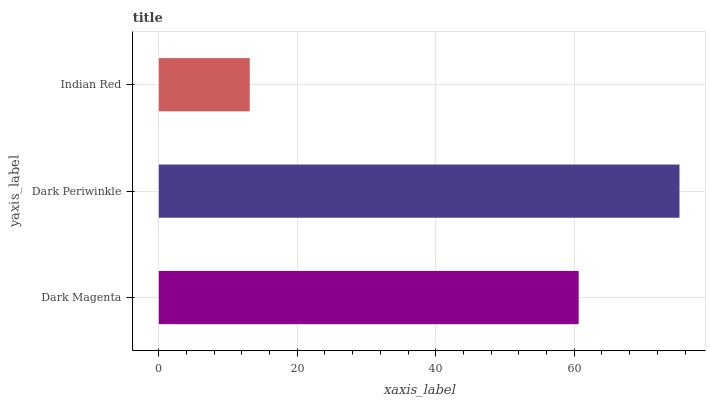
| yaxis_label | bars |
 | --- | --- |
 | Dark Magenta | 60.6 |
 | Dark Periwinkle | 75.2 |
 | Indian Red | 13.1 |